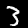
Digit: 3